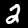
Digit: 2